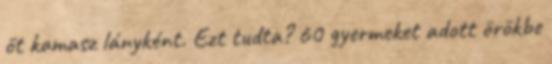
őt ka­masz lány­ként. Ezt tudta? 60 gyermeket adott örökbe